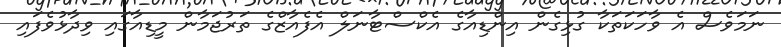
ނަމަވެސް އެ ވާހަކަތަކާ ގުޅިގެން އިންޑިއާގެ އެކްސްޓާނަލް އެފެއާޒްގެ ތަރުޖަމާން މީޑިއާގައި ވިދާޅުވެފައި